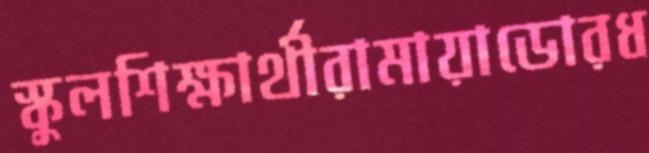
স্কুলশিক্ষার্থীরামায়াডোরধ